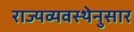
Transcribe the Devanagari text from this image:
राज्यव्यवस्थेनुसार